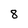
Character: 8